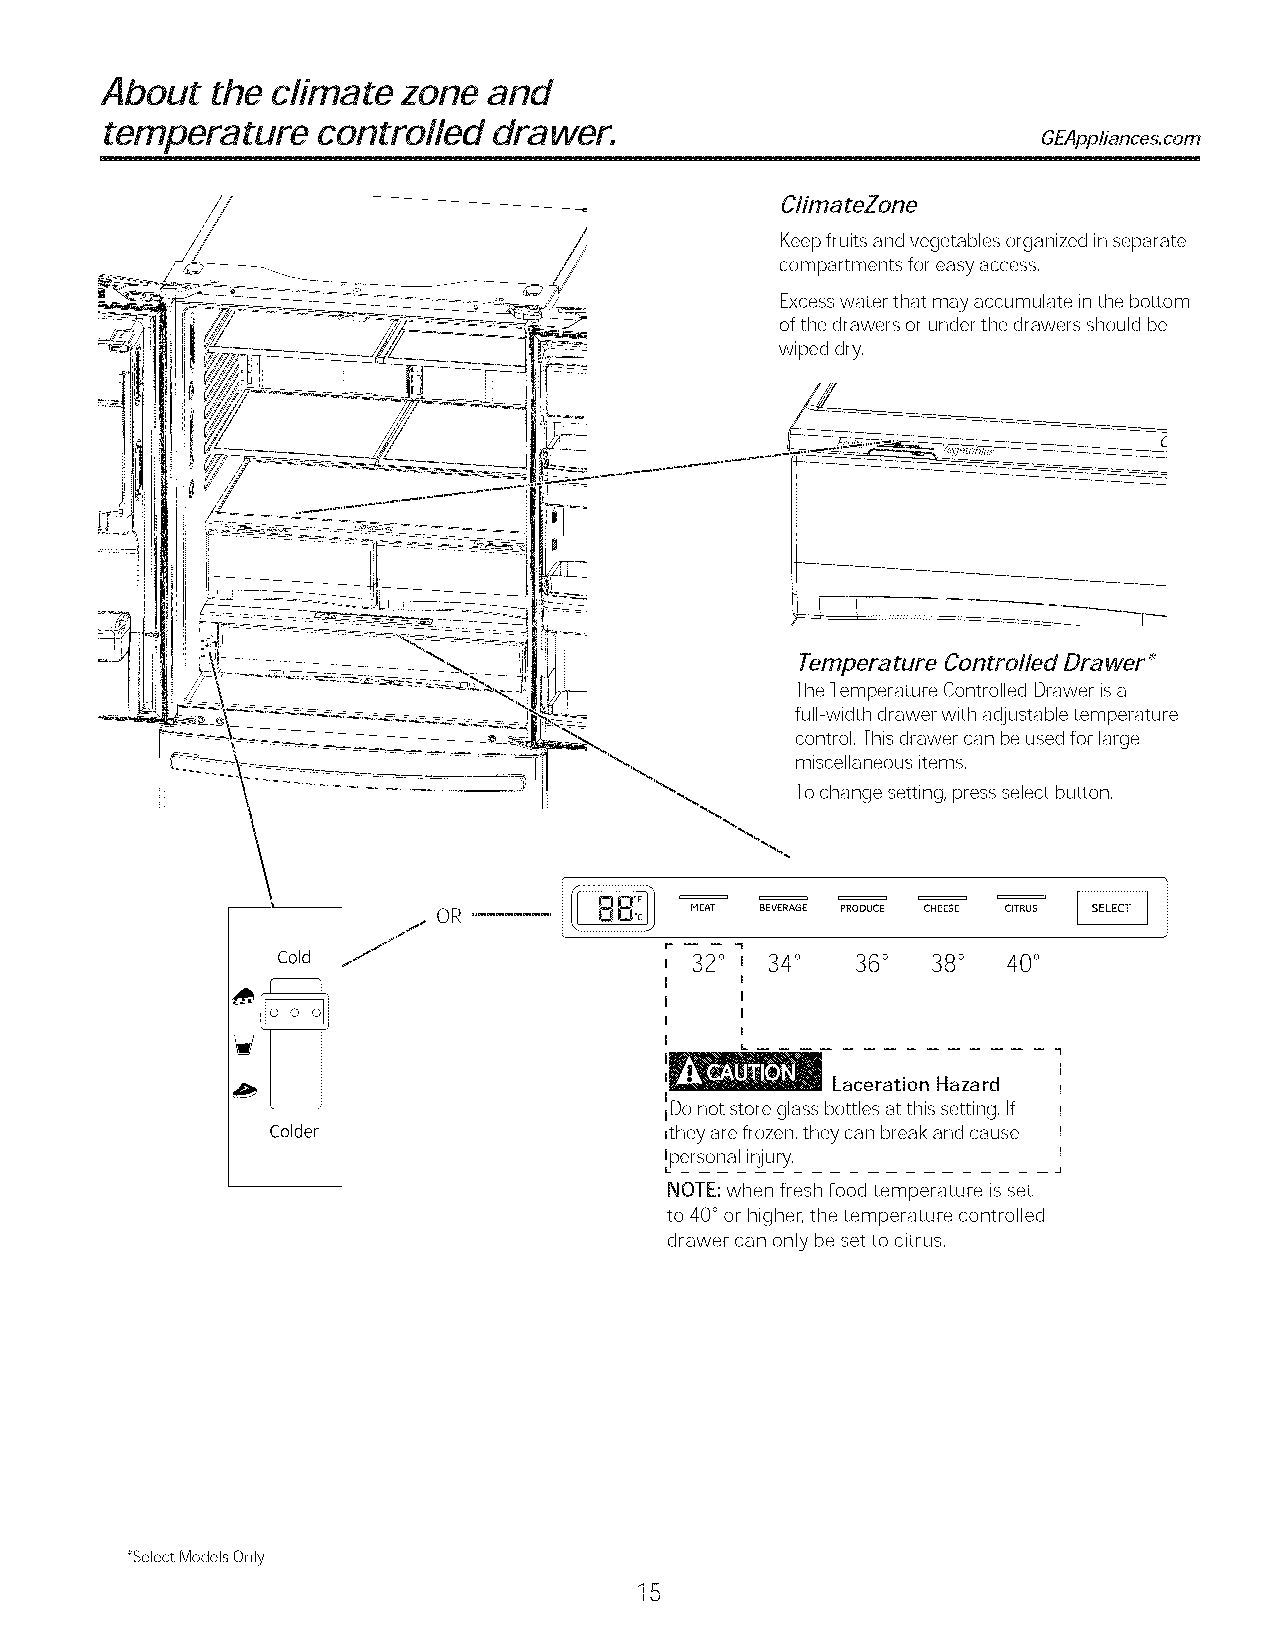
About  the climate zone  and
 tempera  ture controlled  drawer.
 GEAppliances.com
 ClimateZone
 Keep fruits and vegetables organized inseparate
 compartments for easy access,
 Excess water that may accumulate inthe bottom
 of the drawers or under the drawers should be
 wiped dry,
 Temperature Controlled Drawer _
 The Temperature Controlled Drawer isa
 full-width drawer with adjustable temperature
 control, This drawer can be used for large
 miscellaneous items,
 Tochange setting, press select button,
 OR               HEAT BEVERAGE PRODUCE CHEESE CITRUS
 Cold                      r ,- -- 32-- ° _ 34° 36° 38° 40°
 I    i
 I    I
 I
 I
 I
 I
 L                    1
 I
 Laceration Hazard
 I
 _Donot store glass bottles at this setting, If I
 Colder                    ,they are frozen, they can break and cause I
 I
 _ersonal injury,
 J
 NOTE: when fresh food temperature isset
 to 40°or higher, the temperature controlled
 drawer can only be set to citrus,
 *Select Models Only
 15